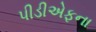
પીડીએફના